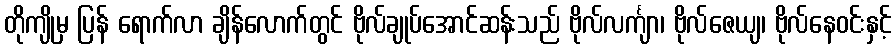
တိုကျိုမှ ပြန် ရောက်လာ ချိန်လောက်တွင် ဗိုလ်ချုပ်အောင်ဆန်းသည် ဗိုလ်လင်္ကျာ၊ ဗိုလ်ဇေယျ၊ ဗိုလ်နေဝင်းနှင့်